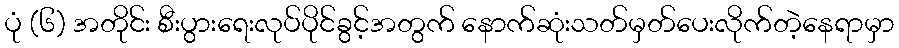
ပုံ (၆) အတိုင်း စီးပွားရေးလုပ်ပိုင်ခွင့်အတွက် နောက်ဆုံးသတ်မှတ်ပေးလိုက်တဲ့နေရာမှာ